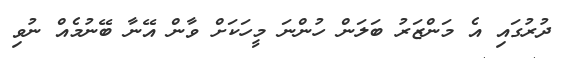
ދުރުގައި އެ މަންޒަރު ބަލަން ހުންނަ މީހަކަށް ވާން އޭނާ ބޭނުމެއް ނުވި